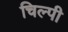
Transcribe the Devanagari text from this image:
चिल्पी